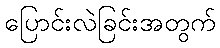
ပြောင်းလဲခြင်းအတွက်